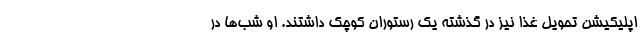
اپلیکیشن تحویل غذا نیز در گذشته یک رستوران کوچک داشتند. او شب‌ها در